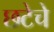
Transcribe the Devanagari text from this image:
छटेचे